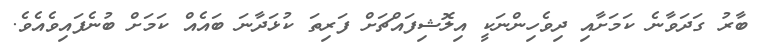
ބާރު ގަދަވާނެ ކަމަށާއި ދިވެހިންނަކީ އިލޮޝިފައްޗަށް ފަރިތަ ކުޅަދާނަ ބައެއް ކަމަށް ބުނެފައިވެއެވެ.